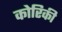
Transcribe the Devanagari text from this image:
कोरिकी